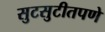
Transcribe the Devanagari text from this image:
सुटसुटीतपणे